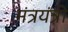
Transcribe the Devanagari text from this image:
मंत्रयंत्री